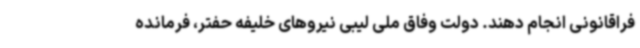
فراقانونی انجام دهند. دولت وفاق ملی لیبی نیروهای خلیفه حفتر، فرمانده